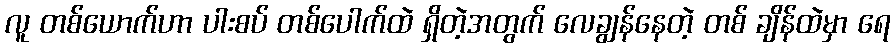
လူ တစ်ယောက်ဟာ ပါးစပ် တစ်ပေါက်ထဲ ရှိတဲ့အတွက် လေချွန်နေတဲ့ တစ် ချိန်ထဲမှာ ရေ